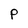
Character: P